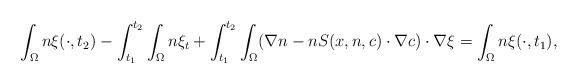
LaTeX: \begin{align*}\int_{\Omega}n\xi(\cdot, t_{2})-\int_{t_{1}}^{t_{2}}\int_{\Omega}n\xi_{t}+\int_{t_{1}}^{t_{2}}\int_{\Omega}(\nabla n - n S(x,n,c) \cdot \nabla c)\cdot \nabla \xi=\int_{\Omega}n\xi(\cdot, t_{1}),\end{align*}